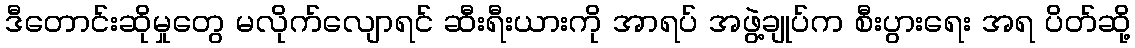
ဒီတောင်းဆိုမှုတွေ မလိုက်လျောရင် ဆီးရီးယားကို အာရပ် အဖွဲ့ချုပ်က စီးပွားရေး အရ ပိတ်ဆို့